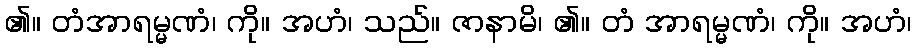
၏။ တံအာရမ္မဏံ၊ ကို။ အဟံ၊ သည်။ ဇာနာမိ၊ ၏။ တံ အာရမ္မဏံ၊ ကို။ အဟံ၊